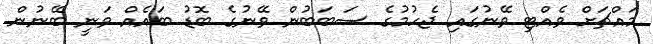
މައްޗަށް ވެއްޓި ވޭނުގައި ޖެހުމުގެ ސަބަބުން ވޭނުގެ ބޮޑު ބައެއް ވަނީ ބޭނުން